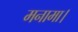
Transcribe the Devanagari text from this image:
मनामा।